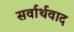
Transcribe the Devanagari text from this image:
सर्वार्थवाद